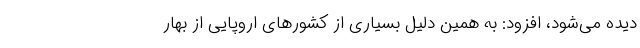
دیده می‌شود، افزود: به همین دلیل بسیاری از کشورهای اروپایی از بهار